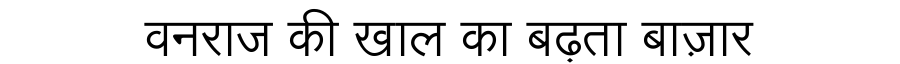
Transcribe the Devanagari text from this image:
वनराज की खाल का बढ़ता बाज़ार